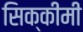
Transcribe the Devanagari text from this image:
सिक्कीमी